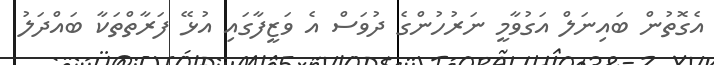
އެގޮތުން ބައިނަލް އަގުވާމީ ނަރުހުންގެ ދުވަސް އެ ވަޒީފާގައި އުޅޭ ފަރާތްތަކާ ބައްދަލު